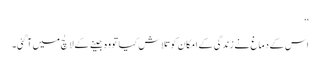
‘‘
اس کے دماغ نے زندگی کے امکان کو تلاش کیا تو وہ جینے کے لالچ میں آ گئی۔